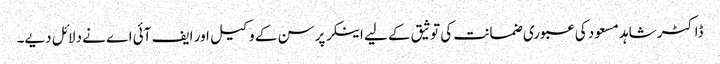
ڈاکٹر شاہد مسعود کی عبوری ضمانت کی توثیق کے لیے اینکر پرسن کے وکیل اور ایف آئی اے نے دلائل دیے۔